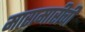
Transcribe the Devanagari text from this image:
मारामारीची